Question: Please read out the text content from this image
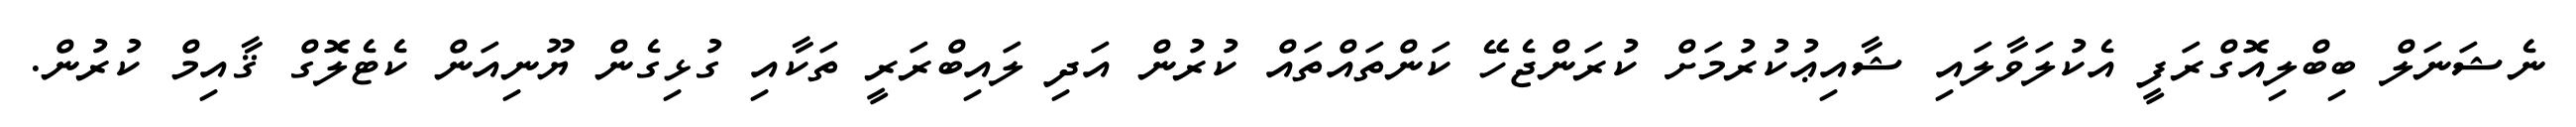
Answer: ނެޝަނަލް ބިބްލިއޮގްރަފީ އެކުލަވާލައި ޝާއިޢުކުރުމަށް ކުރަންޖެހޭ ކަންތައްތައް ކުރުން އަދި ލައިބްރަރީ ތަކާއި ގުޅިގެން ޔޫނިއަން ކެޓެލޮގް ޤާއިމް ކުރުން.